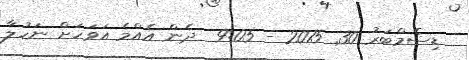
ޑިސެމްބަރު 30